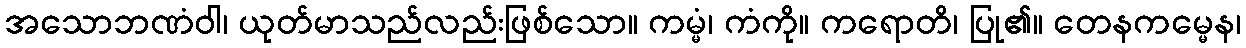
အသောဘဏံဝါ၊ ယုတ်မာသည်လည်းဖြစ်သော။ ကမ္မံ၊ ကံကို။ ကရောတိ၊ ပြု၏။ တေနကမ္မေန၊